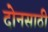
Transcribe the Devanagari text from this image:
दोनसाठी